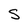
Character: S